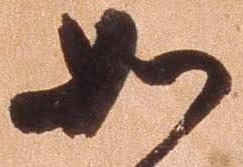
如